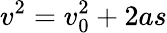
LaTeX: v^{2}=v_{0}^{2}+2as